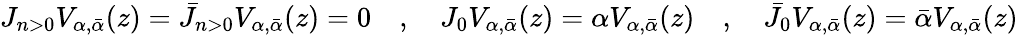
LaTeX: J_{n>0}V_{\alpha,{\bar{\alpha}}}(z)={\bar{J}}_{n>0}V_{\alpha,{\bar{\alpha}}}(z)=0\quad,\quad J_{0}V_{\alpha,{\bar{\alpha}}}(z)=\alpha V_{\alpha,{\bar{\alpha}}}(z)\quad,\quad{\bar{J}}_{0}V_{\alpha,{\bar{\alpha}}}(z)={\bar{\alpha}}V_{\alpha,{\bar{\alpha}}}(z)